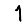
Digit: 1